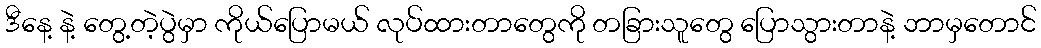
ဒီနေ့ နဲ့ တွေ့တဲ့ပွဲမှာ ကိုယ်ပြောမယ် လုပ်ထားတာတွေကို တခြားသူတွေ ပြောသွားတာနဲ့ ဘာမှတောင်